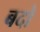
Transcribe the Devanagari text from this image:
बदो